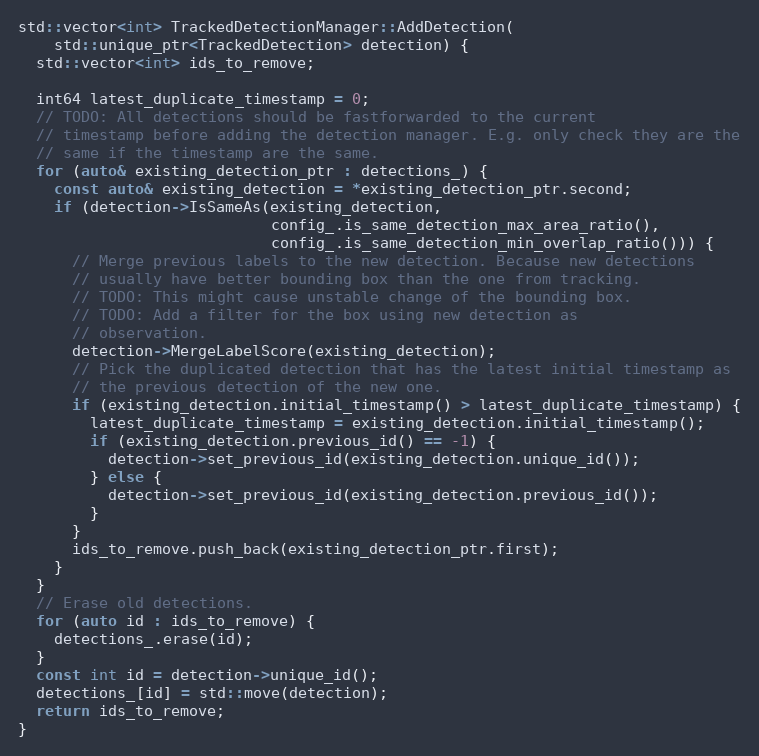
Language: C++
std::vector<int> TrackedDetectionManager::AddDetection(
    std::unique_ptr<TrackedDetection> detection) {
  std::vector<int> ids_to_remove;

  int64 latest_duplicate_timestamp = 0;
  // TODO: All detections should be fastforwarded to the current
  // timestamp before adding the detection manager. E.g. only check they are the
  // same if the timestamp are the same.
  for (auto& existing_detection_ptr : detections_) {
    const auto& existing_detection = *existing_detection_ptr.second;
    if (detection->IsSameAs(existing_detection,
                            config_.is_same_detection_max_area_ratio(),
                            config_.is_same_detection_min_overlap_ratio())) {
      // Merge previous labels to the new detection. Because new detections
      // usually have better bounding box than the one from tracking.
      // TODO: This might cause unstable change of the bounding box.
      // TODO: Add a filter for the box using new detection as
      // observation.
      detection->MergeLabelScore(existing_detection);
      // Pick the duplicated detection that has the latest initial timestamp as
      // the previous detection of the new one.
      if (existing_detection.initial_timestamp() > latest_duplicate_timestamp) {
        latest_duplicate_timestamp = existing_detection.initial_timestamp();
        if (existing_detection.previous_id() == -1) {
          detection->set_previous_id(existing_detection.unique_id());
        } else {
          detection->set_previous_id(existing_detection.previous_id());
        }
      }
      ids_to_remove.push_back(existing_detection_ptr.first);
    }
  }
  // Erase old detections.
  for (auto id : ids_to_remove) {
    detections_.erase(id);
  }
  const int id = detection->unique_id();
  detections_[id] = std::move(detection);
  return ids_to_remove;
}